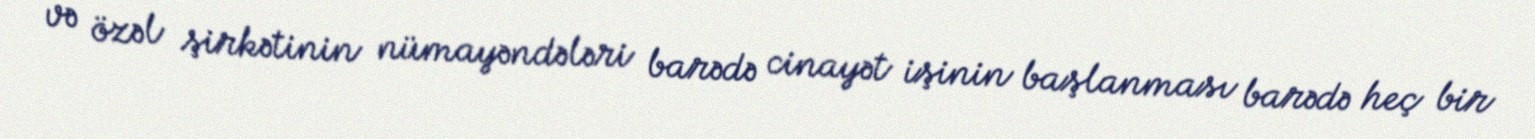
və özəl şirkətinin nümayəndələri barədə cinayət işinin başlanması barədə heç bir